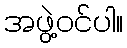
အဖွဲ့ဝင်ပါ။